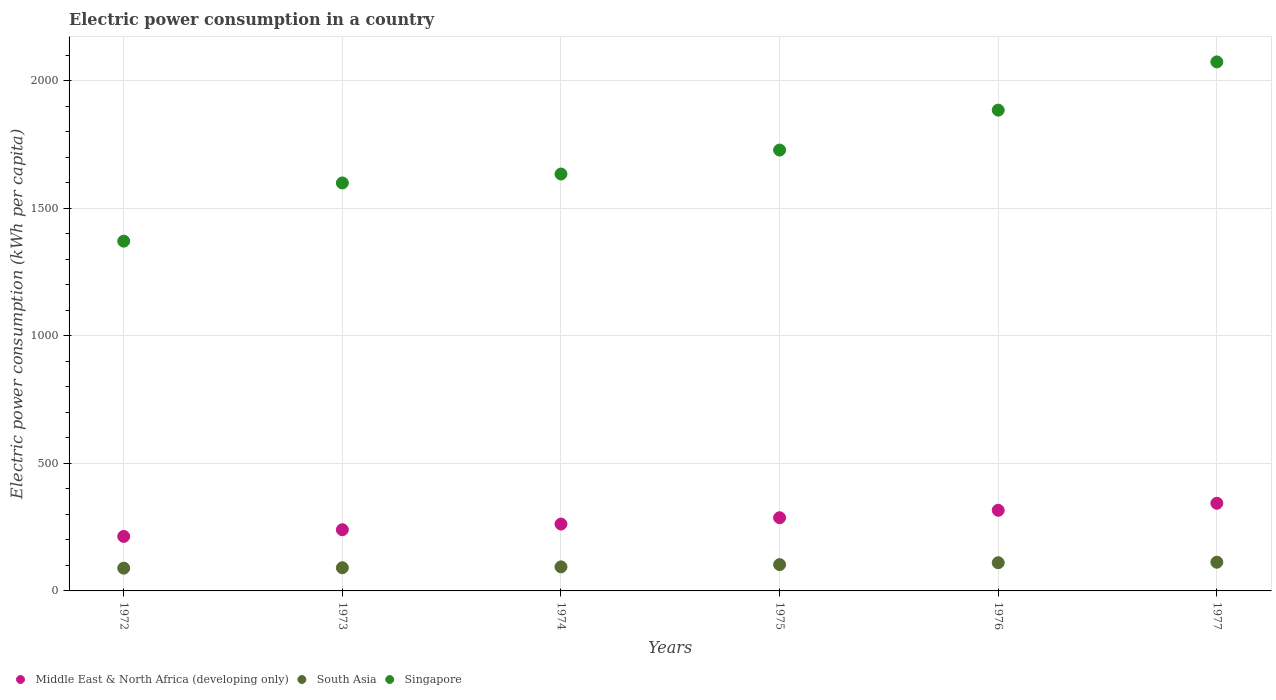
| Years | Middle East & North Africa (developing only) | South Asia | Singapore |
 | --- | --- | --- | --- |
 | 1972 | 214 | 89.2 | 1.37e+03 |
 | 1973 | 240 | 90.9 | 1.6e+03 |
 | 1974 | 262 | 94.3 | 1.63e+03 |
 | 1975 | 287 | 103 | 1.73e+03 |
 | 1976 | 316 | 110 | 1.88e+03 |
 | 1977 | 344 | 112 | 2.07e+03 |